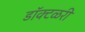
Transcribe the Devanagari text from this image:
डॉक्टळरी